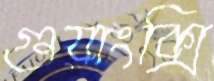
গুয়াংক্সি